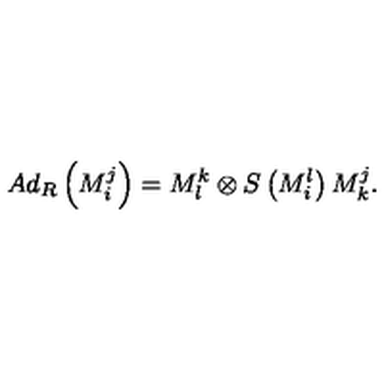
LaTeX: A d _ { R } \left( M _ { i } ^ { j } \right) = M _ { l } ^ { k } \otimes S \left( M _ { i } ^ { l } \right) M _ { k } ^ { j } .